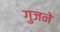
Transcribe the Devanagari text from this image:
गुजने